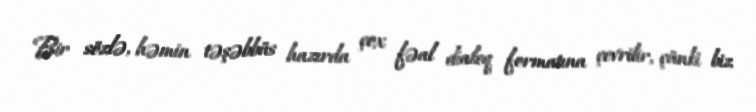
Bir sözlə, həmin təşəbbüs hazırda çox fəal dialoq formatına çevrilir, çünki biz